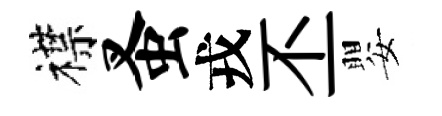
襟蚤戎丕嬰